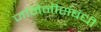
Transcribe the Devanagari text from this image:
जमिनीसंबंधी